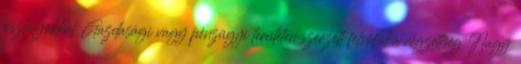
osztályokkal Gazdasági vagy pénzügyi területen szerzett felsőfokú végzettség Nagy